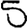
Digit: 5